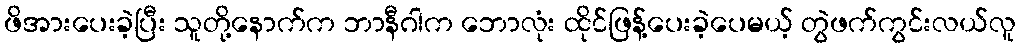
ဖိအားပေးခဲ့ပြီး သူတို့နောက်က ဘာနီဂါက ဘောလုံး ထိုင်ဖြန့်ပေးခဲ့ပေမယ့် တွဲဖက်ကွင်းလယ်လူ